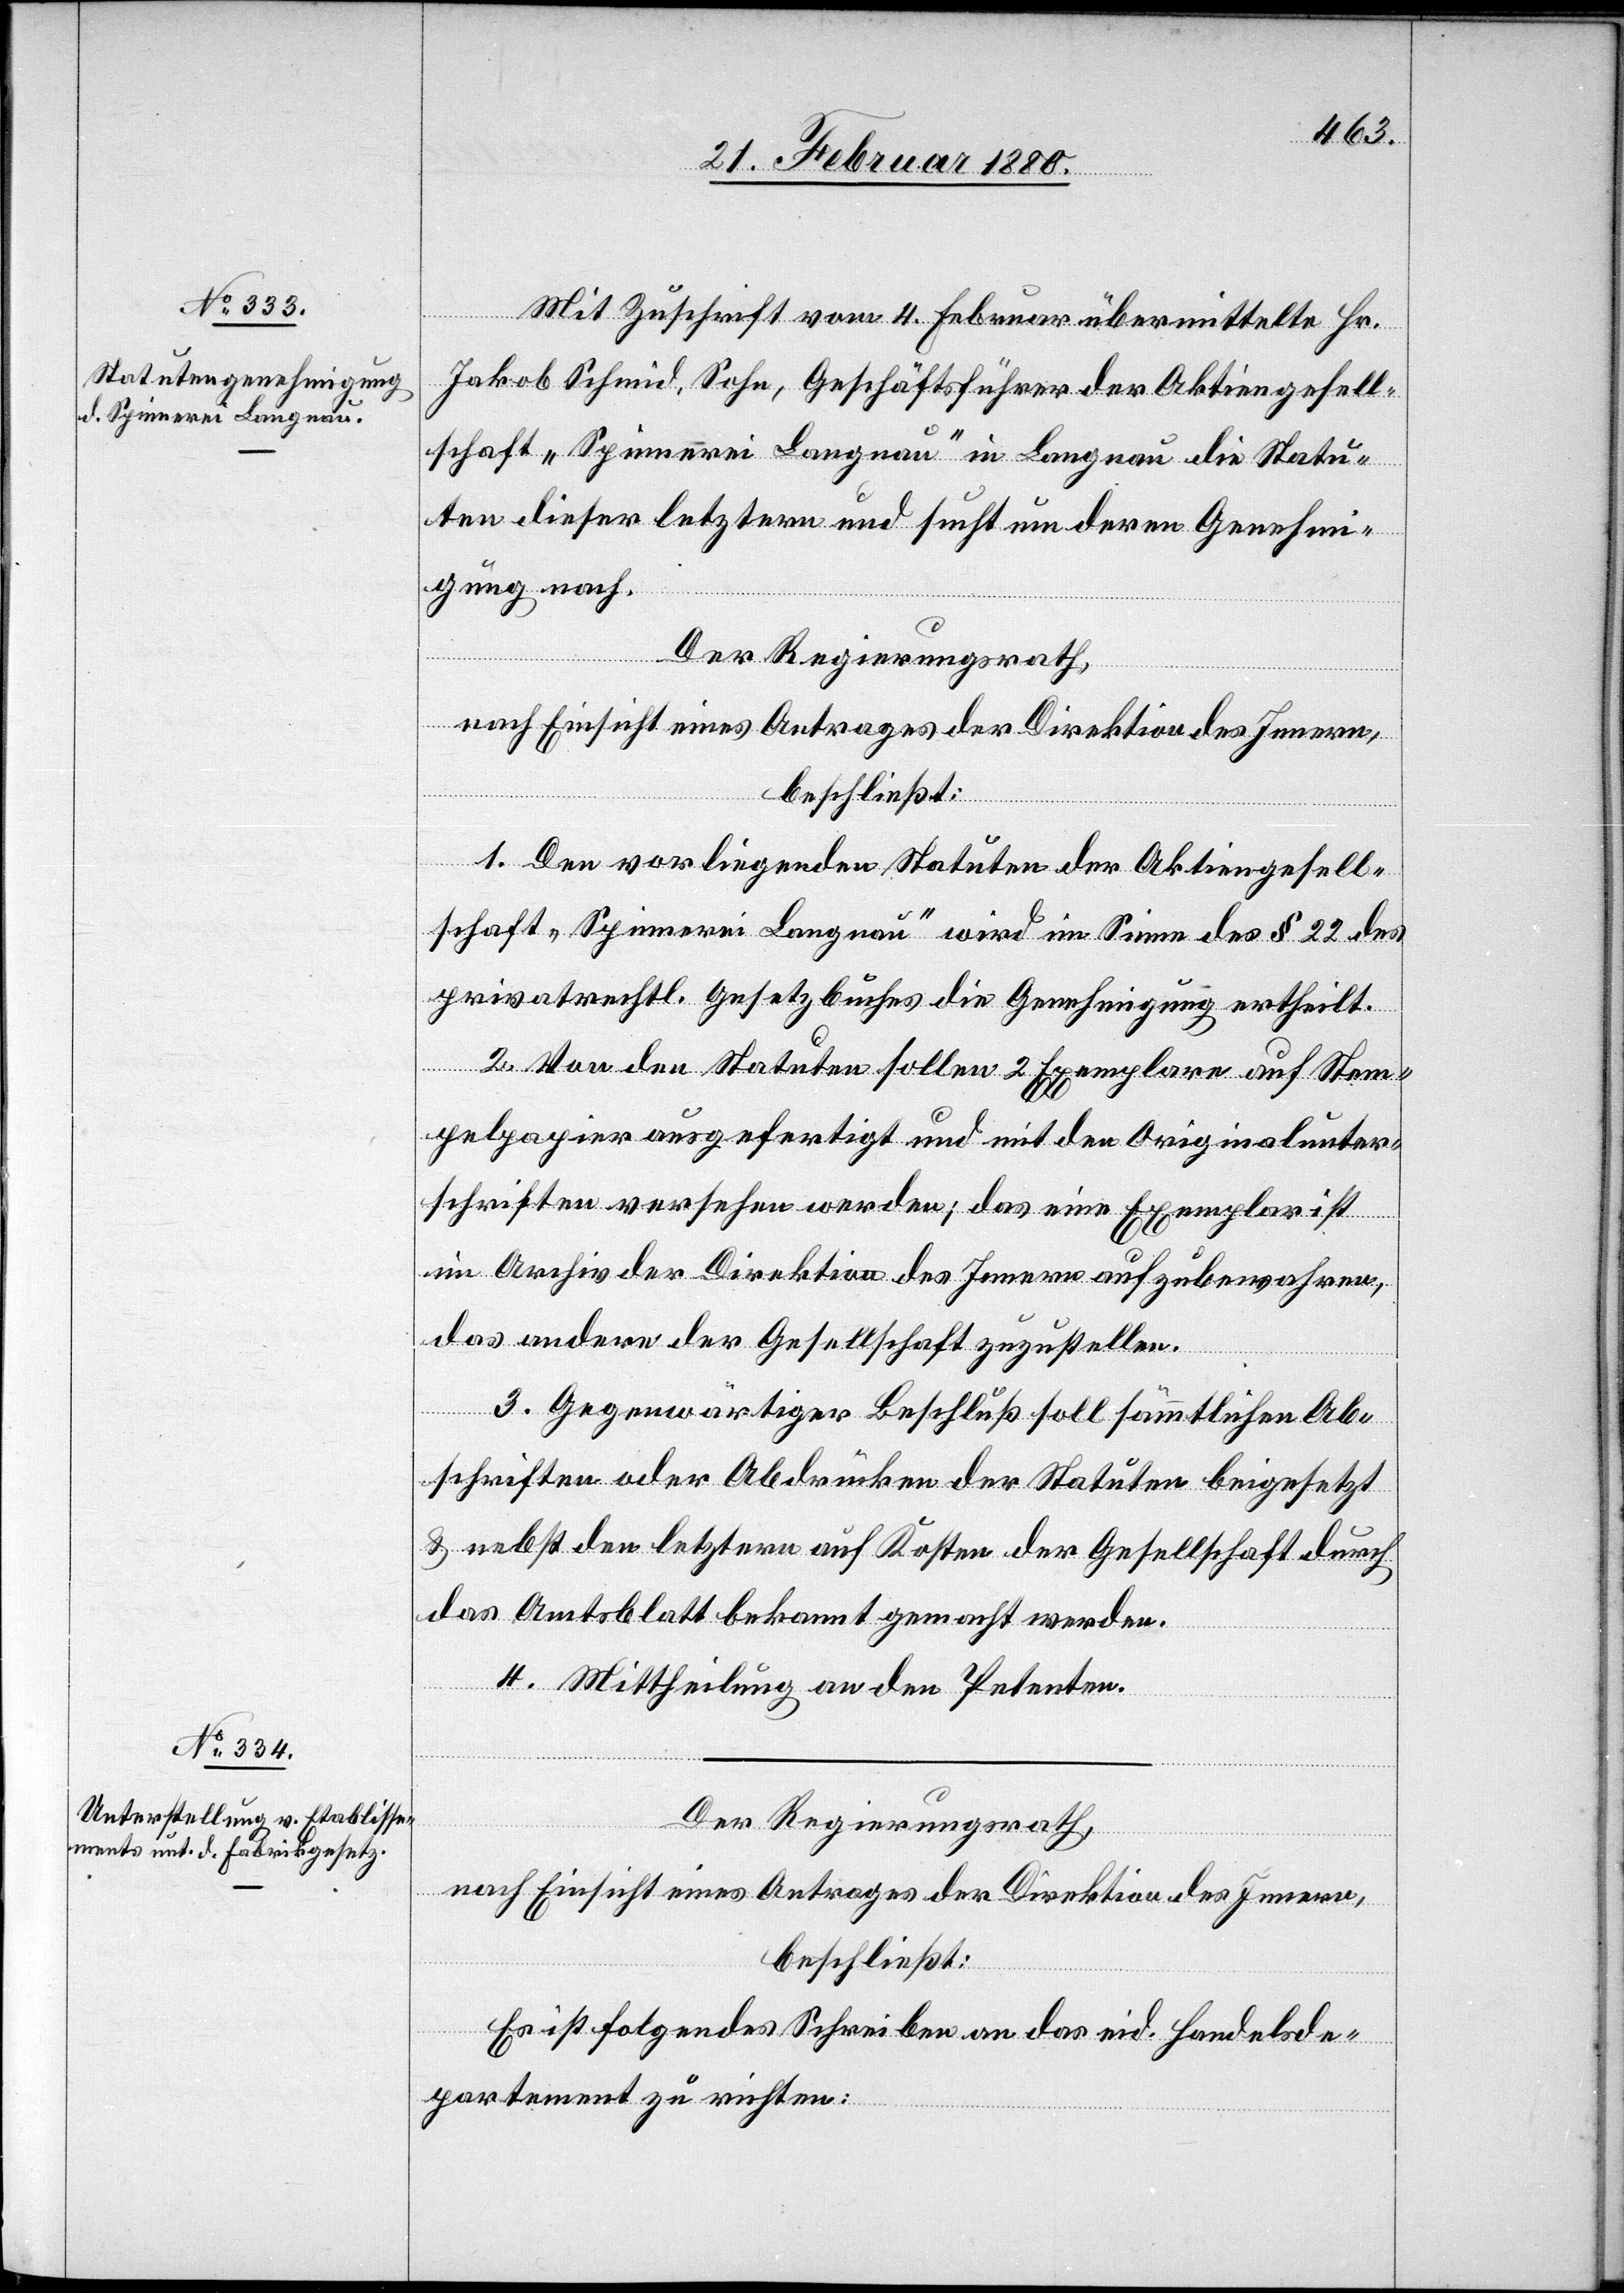
Mit Zuschrift vom 4. Februar übermittelt Hr.
Jakob Schmid, Sohn, Geschäftsführer der Aktiengesell¬
schaft „Spinnerei Langnau“ in Langnau die Statu¬
ten dieser letztern und sich um deren Genehmi¬
gung nach.
Der Regierungsrath,
nach Einsicht eines Antrages der Direktion des Innern,
beschließt:
1. Den vorliegenden Statuten der Aktiengesell¬
schaft „Spinnerei Langnau“ wird im Sinne des § 22 des
privatrechtl. Gesetzbuches die Genehmigung ertheilt.
2. Von den Statuten sollen 2 Exemplare auf Stem¬
pelpapier ausgefertigt und mit den Originalunter¬
schriften versehen werden; das eine Exemplar ist
im Archiv der Direktion des Innern aufzubewahren,
das andere der Gesellschaft zuzustellen.
3. Gegenwärtiger Beschluß soll sämmtlichen Ab¬
schriften oder Abdrücken der Statuten beigesetzt
& nebst den letztern auf Kosten der Gesellschaft durch
das Amtsblatt bekannt gemacht werden.
4. Mittheilung an den Petenten.
Der Regierungsrath,
nach Einsicht eines Antrages der Direktion des Innern,
beschließt:
Es ist folgendes Schreiben an das eid. Handelsde¬
partement zu richten: